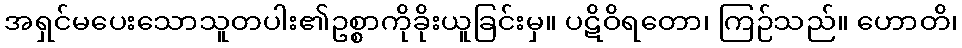
အရှင်မပေးသောသူတပါး၏ဥစ္စာကိုခိုးယူခြင်းမှ။ ပဋိဝိရတော၊ ကြဉ်သည်။ ဟောတိ၊